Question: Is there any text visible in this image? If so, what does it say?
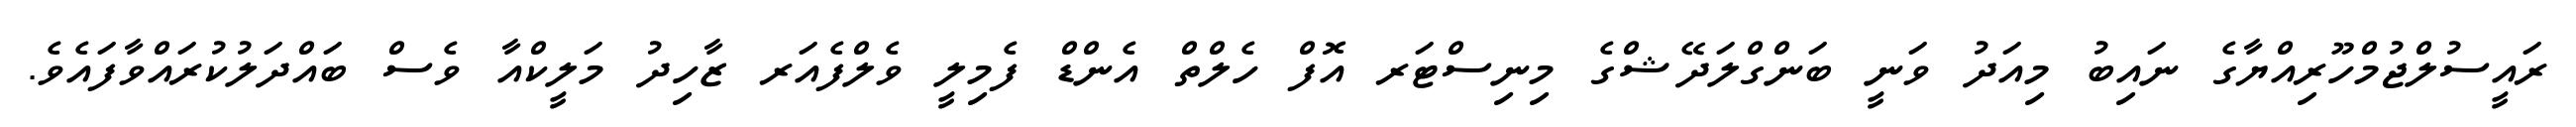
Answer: ރައީސުލްޖުމްހޫރިއްޔާގެ ނައިބު މިއަދު ވަނީ ބަންގްލަދޭޝްގެ މިނިސްޓަރ އޮފް ހެލްތް އެންޑް ފެމިލީ ވެލްފެއަރ ޒާހިދު މަލީކްއާ ވެސް ބައްދަލުކުރައްވާފައެވެ.